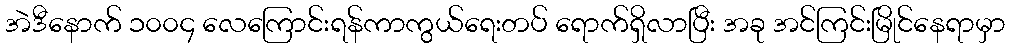
အဲဒီနောက် ၁၀၀၄ လေကြောင်းရန်ကာကွယ်ရေးတပ် ရောက်ရှိလာပြီး အခု အင်ကြင်းမြိုင်နေရာမှာ